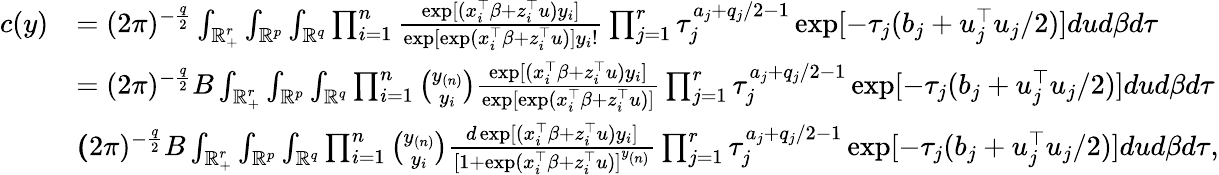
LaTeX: \begin{array}{rl}{c(y)}&{=(2\pi)^{-\frac{q}{2}}\int_{\mathbb{R}_{+}^{r}}\int_{\mathbb{R}^{p}}\int_{\mathbb{R}^{q}}\prod_{i=1}^{n}\frac{\exp[(x_{i}^{\top}\beta+z_{i}^{\top}u)y_{i}]}{\exp[\exp(x_{i}^{\top}\beta+z_{i}^{\top}u)]y_{i}!}\prod_{j=1}^{r}\tau_{j}^{a_{j}+q_{j}/2-1}\exp[-\tau_{j}(b_{j}+u_{j}^{\top}u_{j}/2)]dud\beta d\tau}\\ &{=(2\pi)^{-\frac{q}{2}}B\int_{\mathbb{R}_{+}^{r}}\int_{\mathbb{R}^{p}}\int_{\mathbb{R}^{q}}\prod_{i=1}^{n}{\binom{y_{(n)}}{y_{i}}}\frac{\exp[(x_{i}^{\top}\beta+z_{i}^{\top}u)y_{i}]}{\exp[\exp(x_{i}^{\top}\beta+z_{i}^{\top}u)]}\prod_{j=1}^{r}\tau_{j}^{a_{j}+q_{j}/2-1}\exp[-\tau_{j}(b_{j}+u_{j}^{\top}u_{j}/2)]dud\beta d\tau}\\ &{\le(2\pi)^{-\frac{q}{2}}B\int_{\mathbb{R}_{+}^{r}}\int_{\mathbb{R}^{p}}\int_{\mathbb{R}^{q}}\prod_{i=1}^{n}{\binom{y_{(n)}}{y_{i}}}\frac{d\exp[(x_{i}^{\top}\beta+z_{i}^{\top}u)y_{i}]}{[1+\exp(x_{i}^{\top}\beta+z_{i}^{\top}u)]^{y_{(n)}}}\prod_{j=1}^{r}\tau_{j}^{a_{j}+q_{j}/2-1}\exp[-\tau_{j}(b_{j}+u_{j}^{\top}u_{j}/2)]dud\beta d\tau,}\end{array}